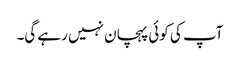
آپ کی کوئی پہچان نہیں رہے گی۔